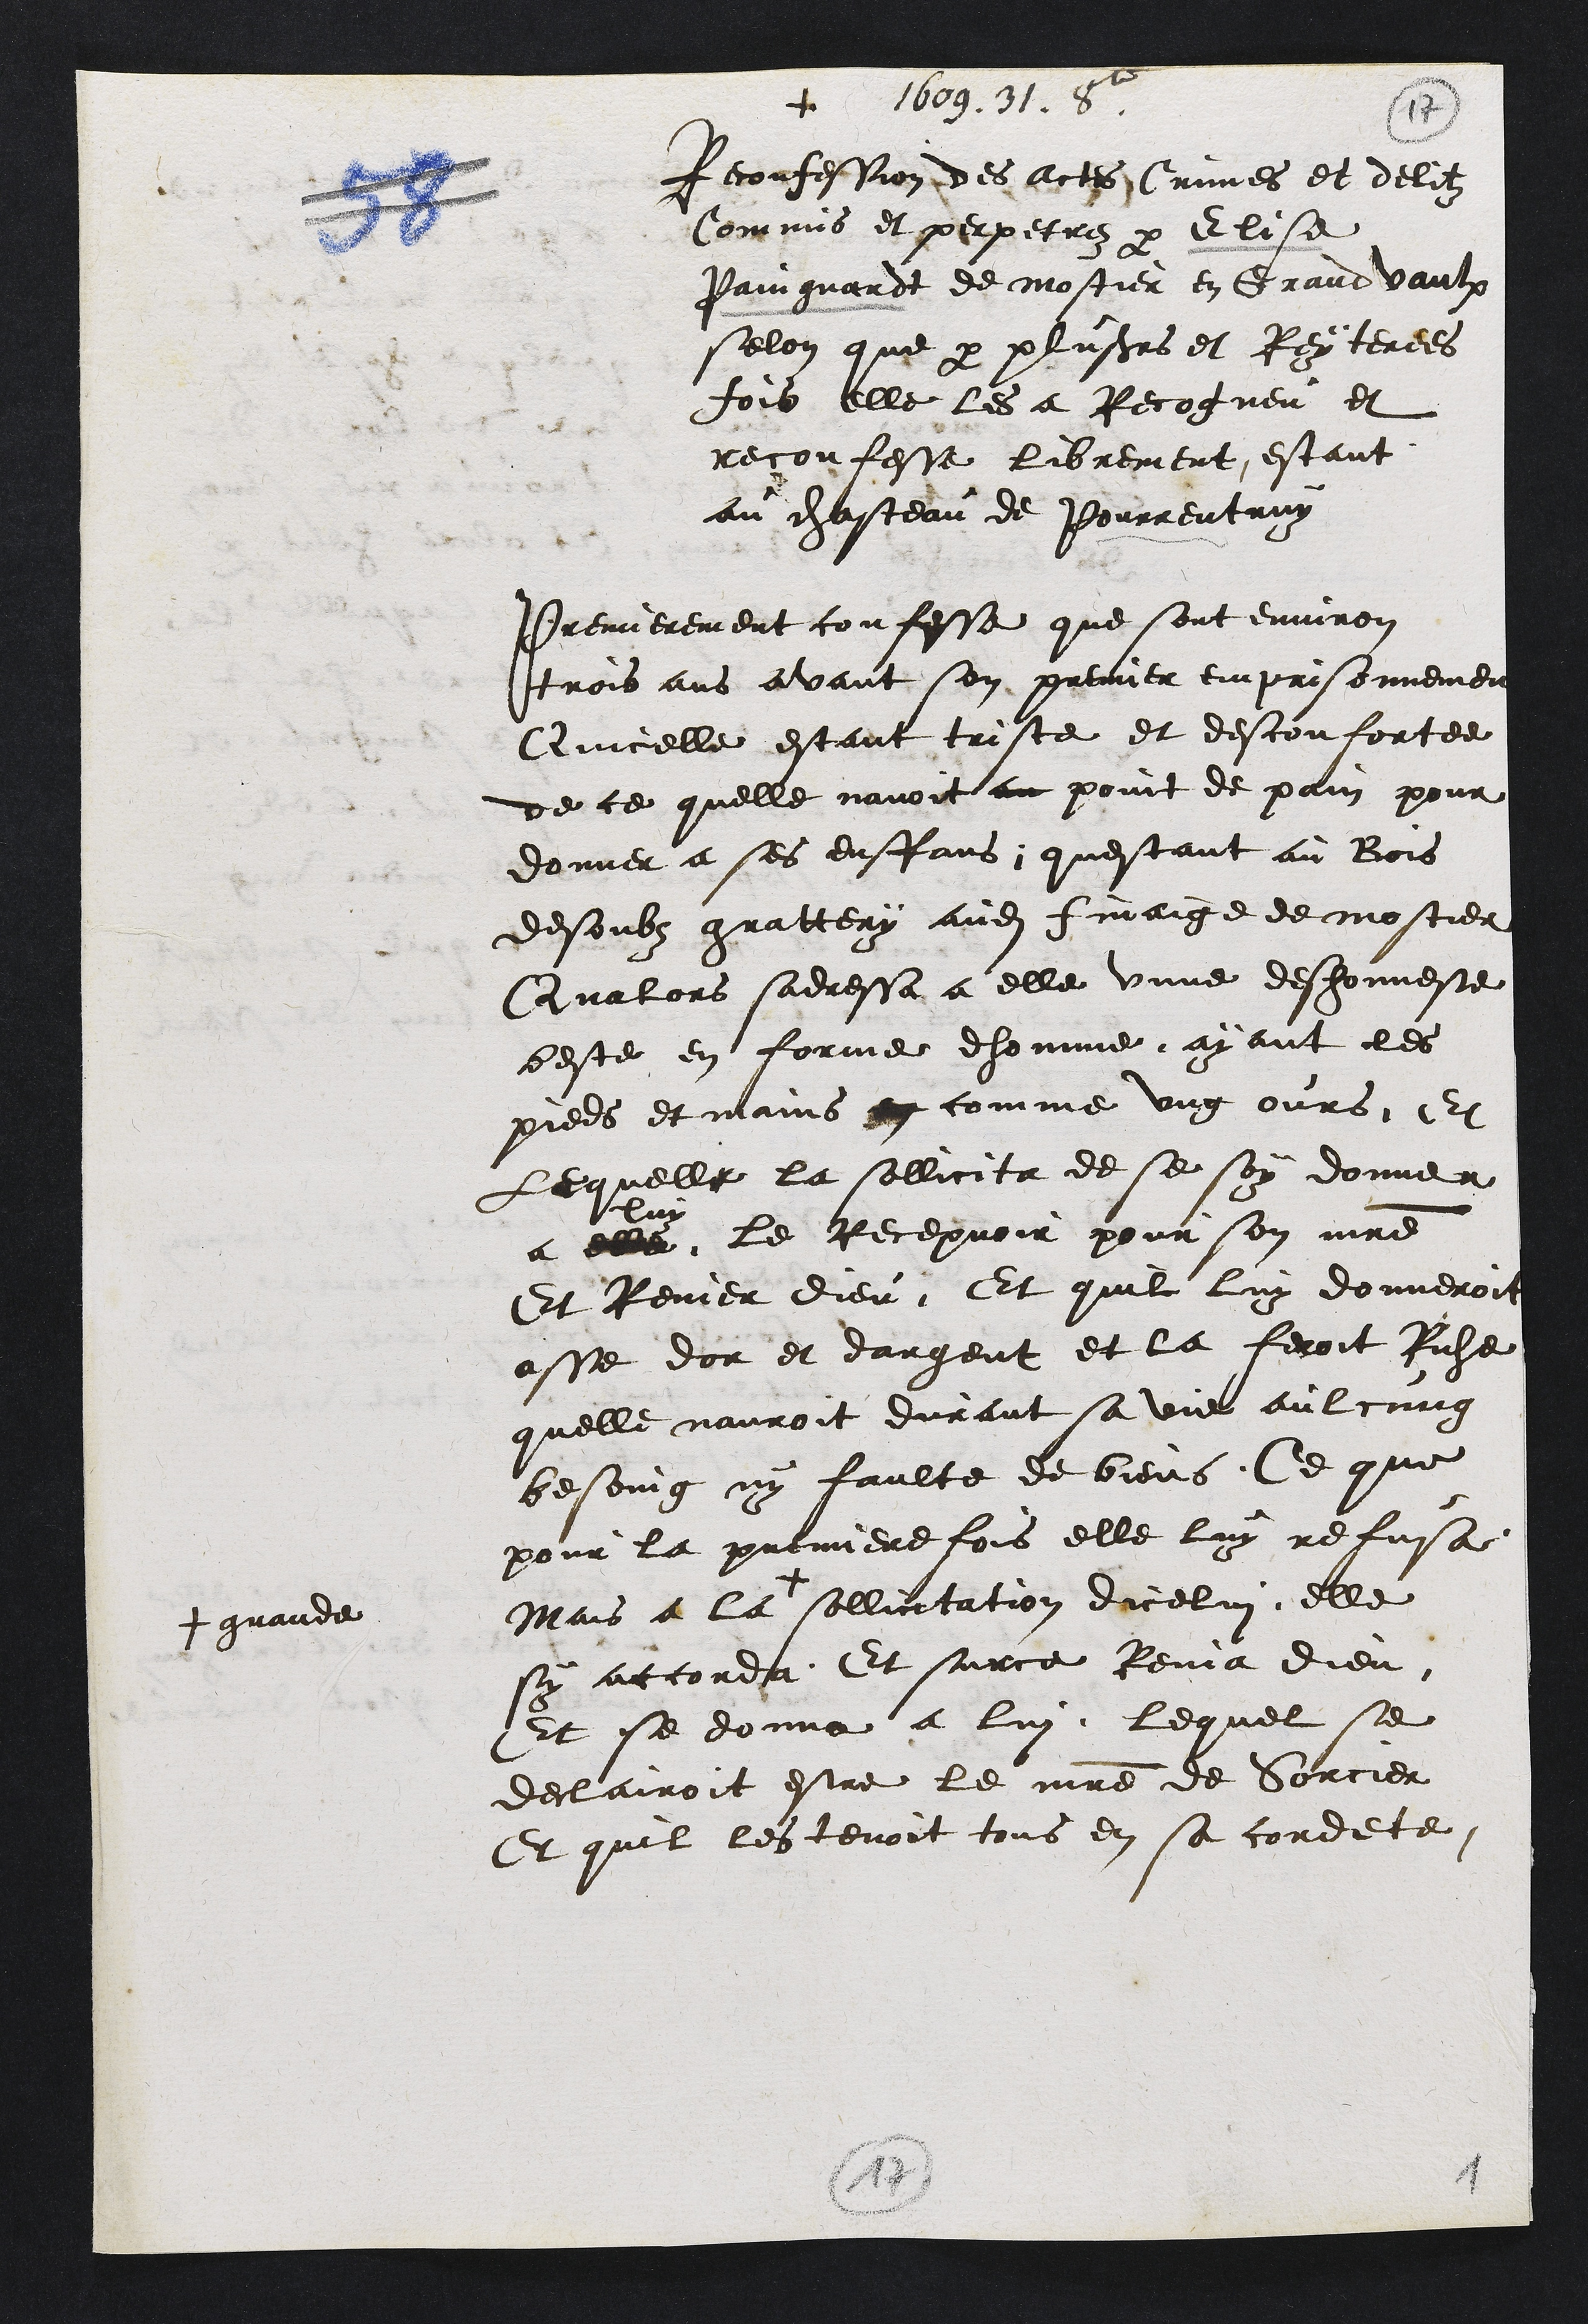
1609. 21. 2
1
Reconfession des actes Crimes et delitz
Commis et perpetrez par Elise
Paingnardt de mostier en Grand vaulx
selon que par plusieurs et Reyterees
fois elle les a Recogneu et
reconfesse librement estant
au chasteau de Pourrentruy
Premierement confesse que sont environ
trois ans avant sen premier emprisonnement
Quicelle estant triste et desconfortee
de ce quelle navoit au point de pain pour
donner a ses enffans, questant au Bois
desoubz grattery audit finaige de mostier
Qualors sadressa a elle unne desonneste
beste en forme dhomme ayant les
pieds et mains en comme ung ours. Et
Lequelle la sollicita de se soy donner
a
luy
elle le Recepvoir pour son maitre
Et Renier dieu Et quil luy donneroit
asse dor et dargent et la feroit Riche
quelle nauroit durant sa vie aulcung
besoing ny faulte de biens, Ce que
pour la premiere fois elle luy refusa
Mais a la +
+ grande
sollicitation dicelui, elle
sy accorda Et surce Renia dieu
Et se donna a lui lequel se
declairoit estre le maitre de Sorcier
Et quil les tenoit tous en sa cordete
1

1